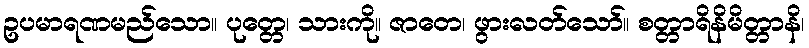
ဥပမာရဏမည်သော။ ပုတ္တေ၊ သားကို။ ဇာတေ၊ ဖွားလတ်သော်။ စတ္တာရိနိမိတ္တာနိ၊